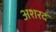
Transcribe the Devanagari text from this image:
अशरद